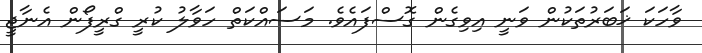
ވާހަކަ ޚަބަރުތަކުން ވަނީ އިވިގެން ގޮސްފައެވެ. މަސައްކަތް ހަވާލު ކުރީ ގްރީފޯން އެނާޖީ